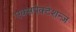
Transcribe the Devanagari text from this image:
एक्सपेक्टेशन्ज़